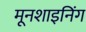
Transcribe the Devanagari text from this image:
मूनशाइनिंग